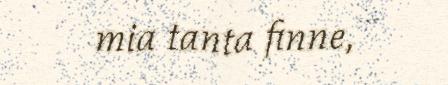
mia tanta finne,